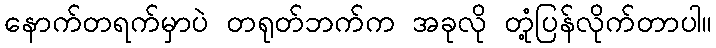
နောက်တရက်မှာပဲ တရုတ်ဘက်က အခုလို တုံ့ပြန်လိုက်တာပါ။